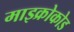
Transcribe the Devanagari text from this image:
माइक्रोकोड